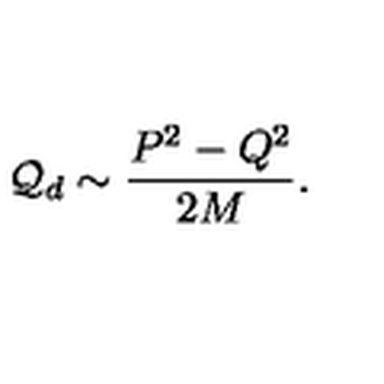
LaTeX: { \cal Q } _ { d } \sim \frac { P ^ { 2 } - Q ^ { 2 } } { 2 M } .